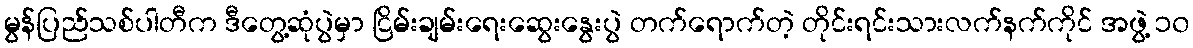
မွန်ပြည်သစ်ပါတီက ဒီတွေ့ဆုံပွဲမှာ ငြိမ်းချမ်းရေးဆွေးနွေးပွဲ တက်ရောက်တဲ့ တိုင်းရင်းသားလက်နက်ကိုင် အဖွဲ့ ၁၀